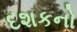
દશકનો